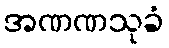
အဏဏသုခံ